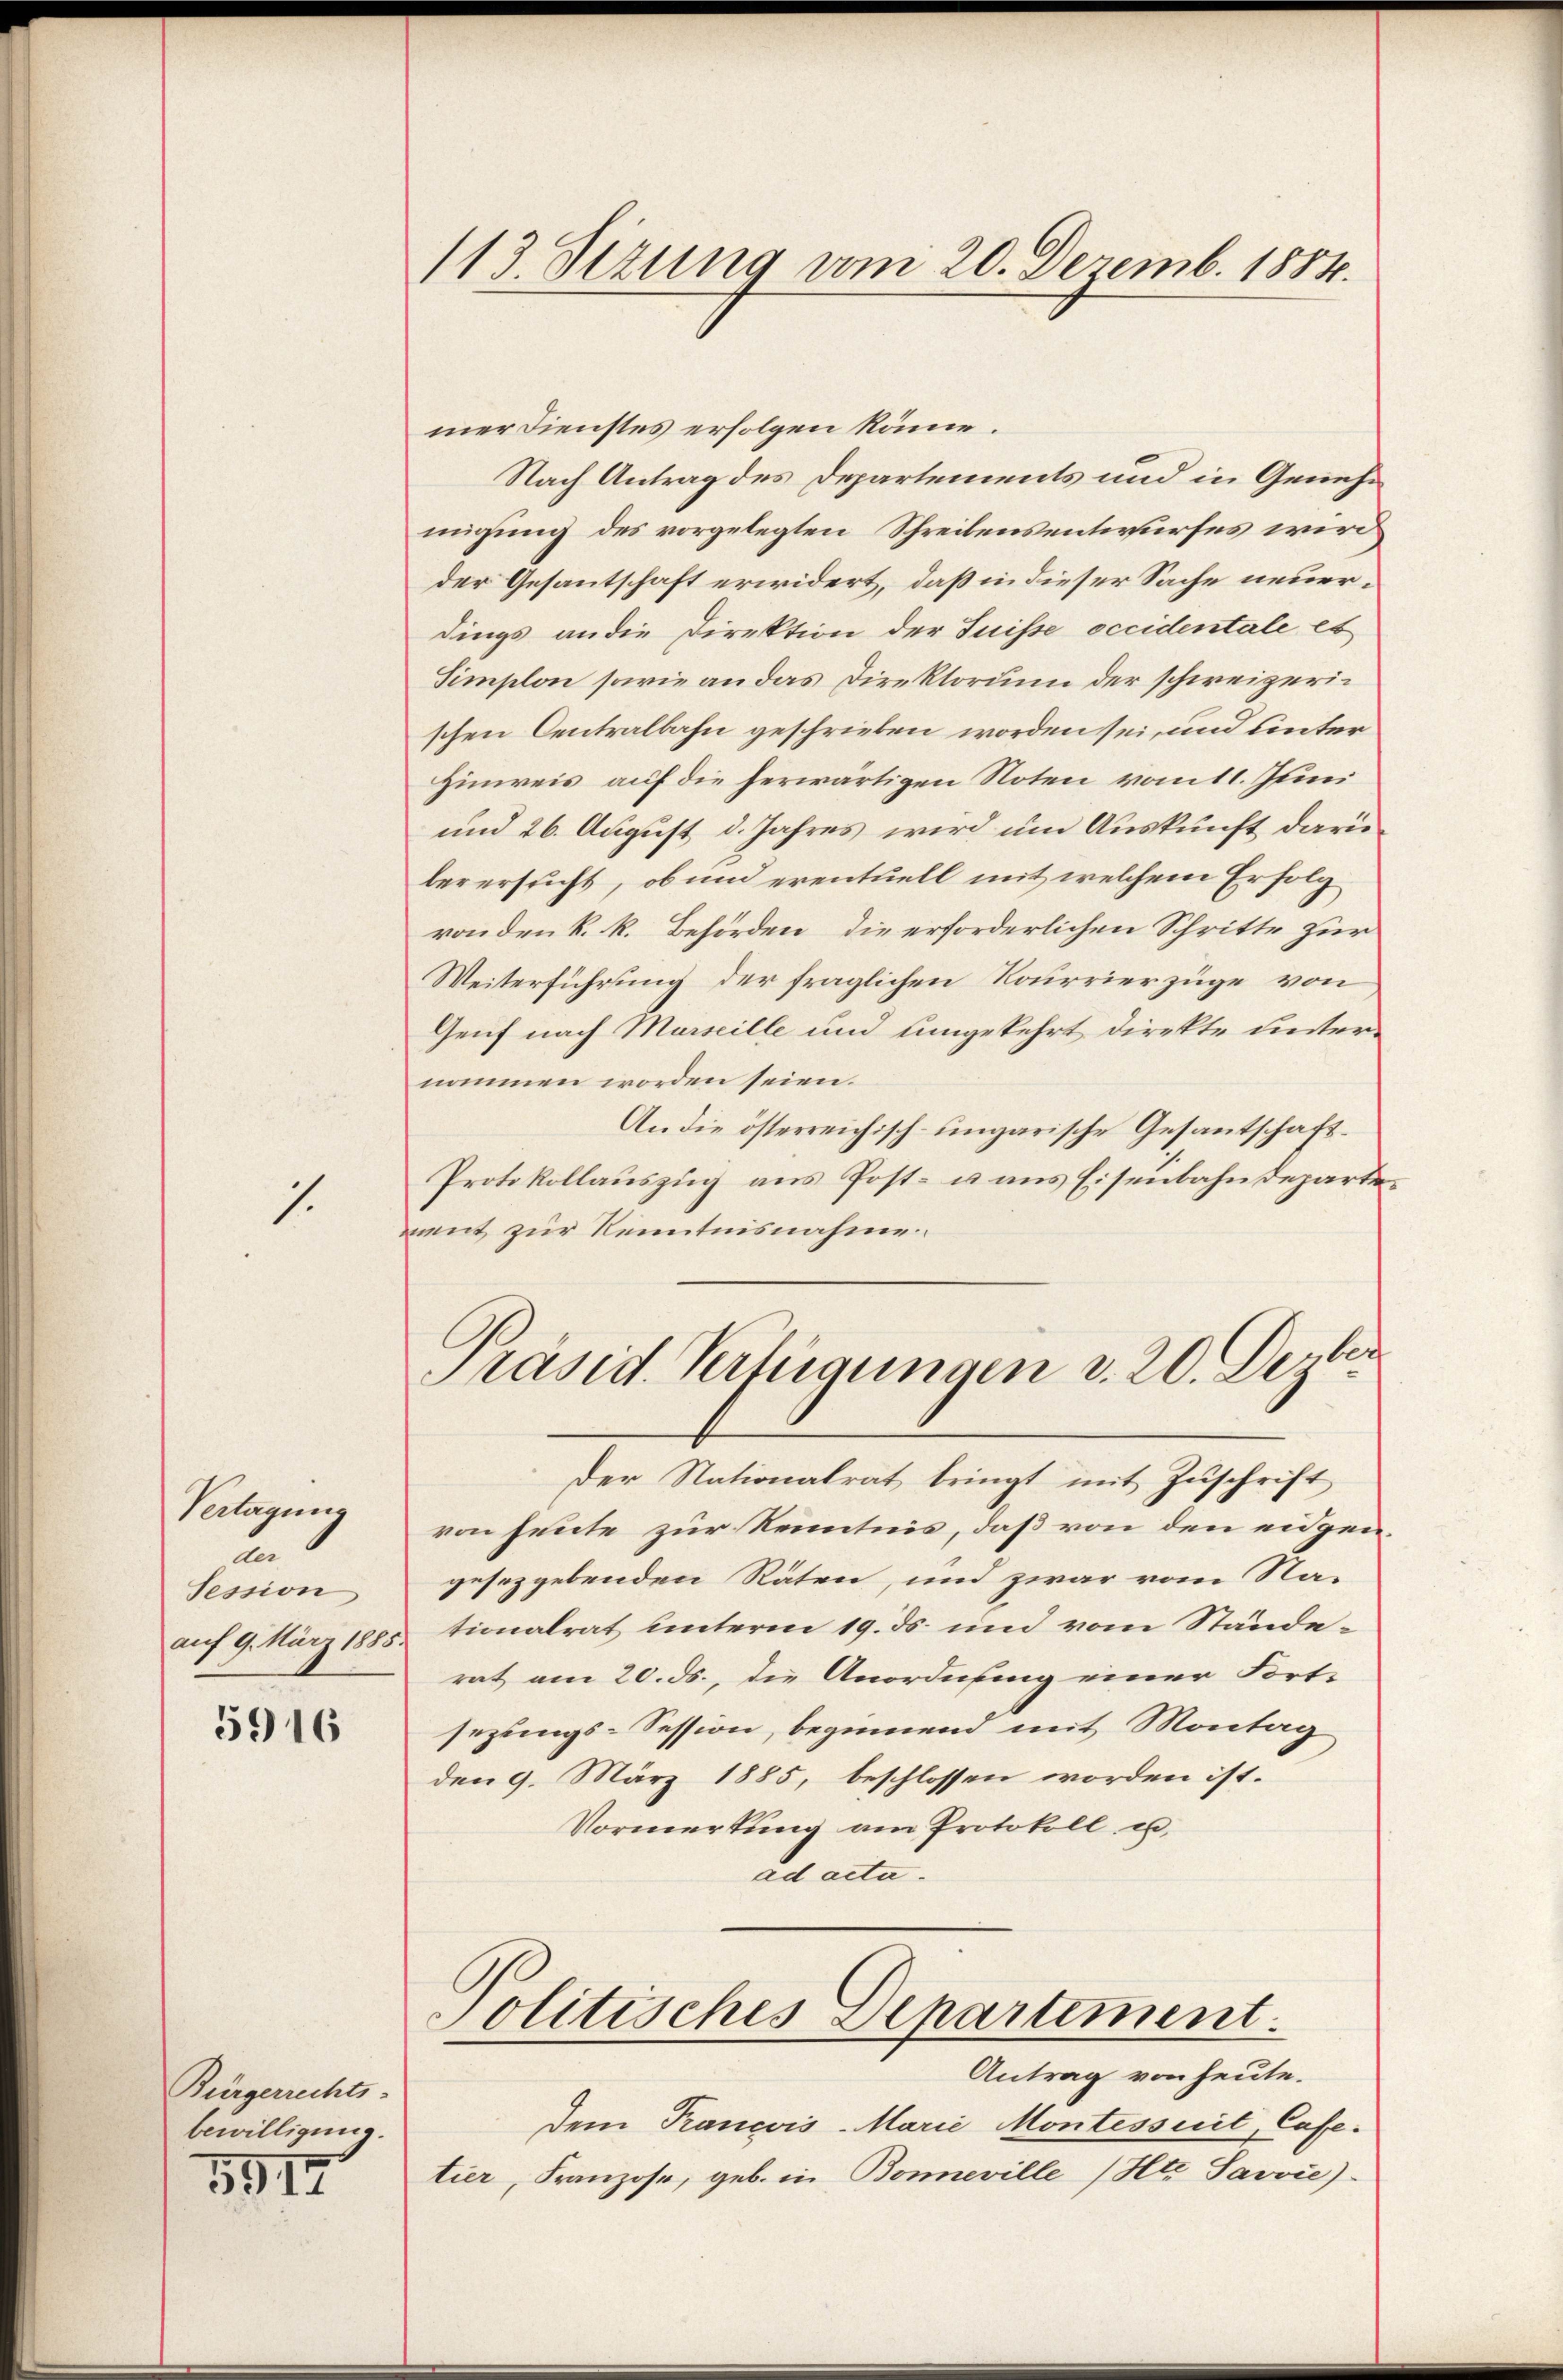
1

Vertagung
der
Session
auf 9. März 1885

5916

Bürgerrechts-
bewilligung.
5917

113. Sizung vom 20. Dezemb. 1884.

mer Dienstes erfolgen könne.
Nach Antrag des Departements und in Genehmigung des vorgelegten Schreibensentwurfes wird
der Gesantschaft erwidert, daß in dieser Sache neuerdings an die Direktion der Suisse occidentale et
Simplon sowie an das Direktorium der schweizerischen Centralbahn geschrieben worden sei, und unter
Hinweis auf die herwärtigen Noten vom 11. Juni
und 26. August d. Jahres wird um Auskunft dari
ber ersucht, ob und eventuell mit welchem Erfolg
ronden k. k. Behörden, die erforderlichen Schritte zur
Weiterführung der fraglichen Rourrierzüge von
Genf nach Marseille und umgekehrt, direkte unternommen worden seien.
An die österreichisch-ungarische Gesantschaft¬
Protokollauszug aus Post- u ans Eisenbahndepartement zur Kenntnisnahme
Präsid. Verfügungen v. 20. Dezter
Der Nationalrat bringt mit Zuschrift
von heute zur Kenntnis, daß von den eidgengesetzgebenden Räten, und zwar vom Na-
tionalrat unterm 19. ds. und vom Ständerat am 20. ds., die Anordnung einer Fort-
sezungs-Session, beginnend mit Montag
den 9. März 1885, beschlossen worden ist.
Vormerkung am Protokoll u.
ad acta.

Antrag von heute.
dem Prancois-Marie Montesseit, Cafe-
tier, Franzose, geb. in Bonneville (Htz Javvić)

Politisches Departement.